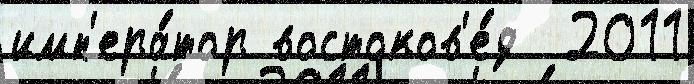
имп'ера́тор востоков'е́д  2011